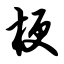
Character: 梗